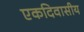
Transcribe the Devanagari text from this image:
एकदिवासीय